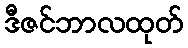
ဒီဇင်ဘာလထုတ်